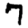
Digit: 7